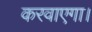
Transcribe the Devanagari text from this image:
करवाएगा।